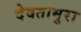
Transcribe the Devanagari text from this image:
देवतामुरा